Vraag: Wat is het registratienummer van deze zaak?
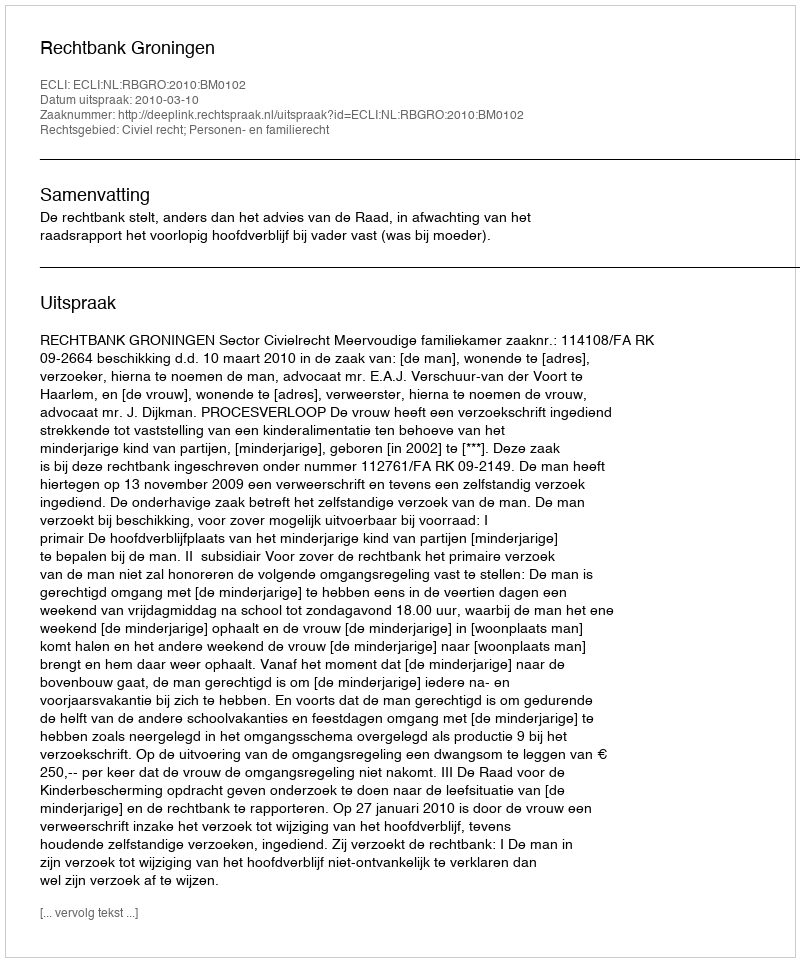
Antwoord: http://deeplink.rechtspraak.nl/uitspraak?id=ECLI:NL:RBGRO:2010:BM0102